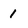
Character: 1